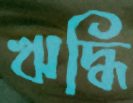
ঋদ্ধি